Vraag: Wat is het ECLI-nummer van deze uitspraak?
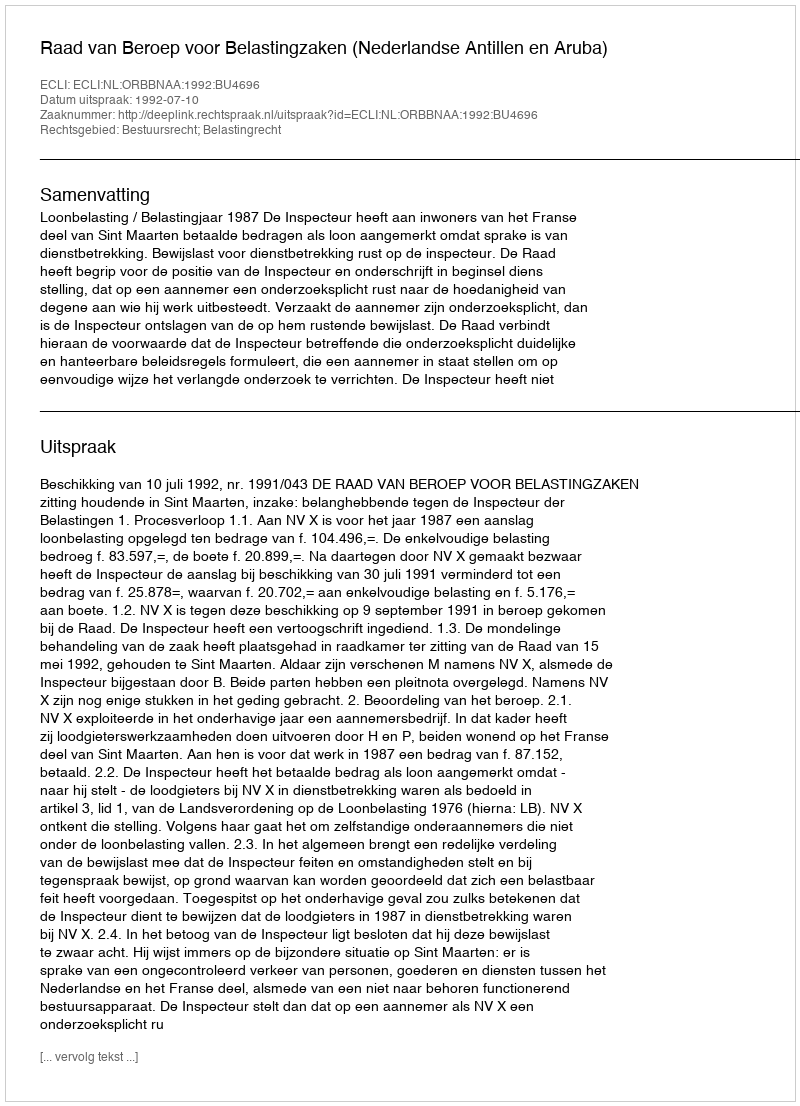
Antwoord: ECLI:NL:ORBBNAA:1992:BU4696